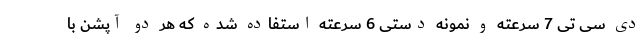
دی سی تی 7 سرعته و نمونه دستی 6 سرعته استفاده شده که هر دو آپشن با